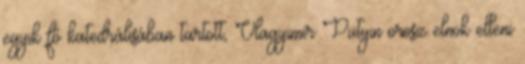
egyik fő katedrálisában tartott, Vlagyimir Putyin orosz elnök elleni